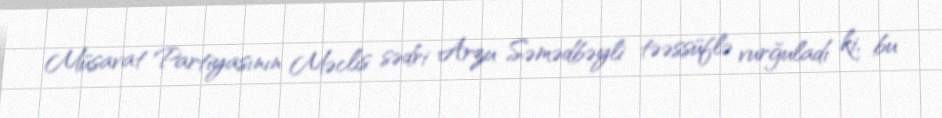
Müsavat Partiyasının Məclis sədri Arzu Səmədbəyli təəssüflə vurğuladı ki, bu